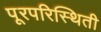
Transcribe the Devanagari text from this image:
पूरपरिस्थिती